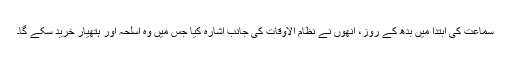
سماعت کی ابتدا میں بدھ کے روز، اُنھوں نے نظام الاوقات کی جانب اشارہ کیا جس میں وہ اسلحہ اور ہتھیار خرید سکے گا۔